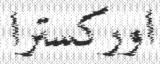
اوركسترا